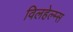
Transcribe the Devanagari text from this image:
विलहेल्म्स